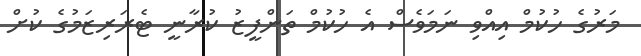
މަރުގެ ހުކުމް އިއްވި ނަމަވެސް އެ ހުކުމް ތަންފީޒު ކުރާނީ ޓެރަރިޒަމުގެ ކުށް